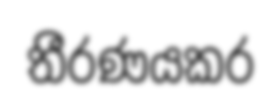
තීරණයකර